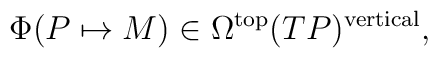
\Phi(P\mapsto M) \in \Omega^{{\rm top}}(TP)^{{\rm vertical}},